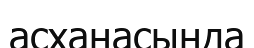
асханасында